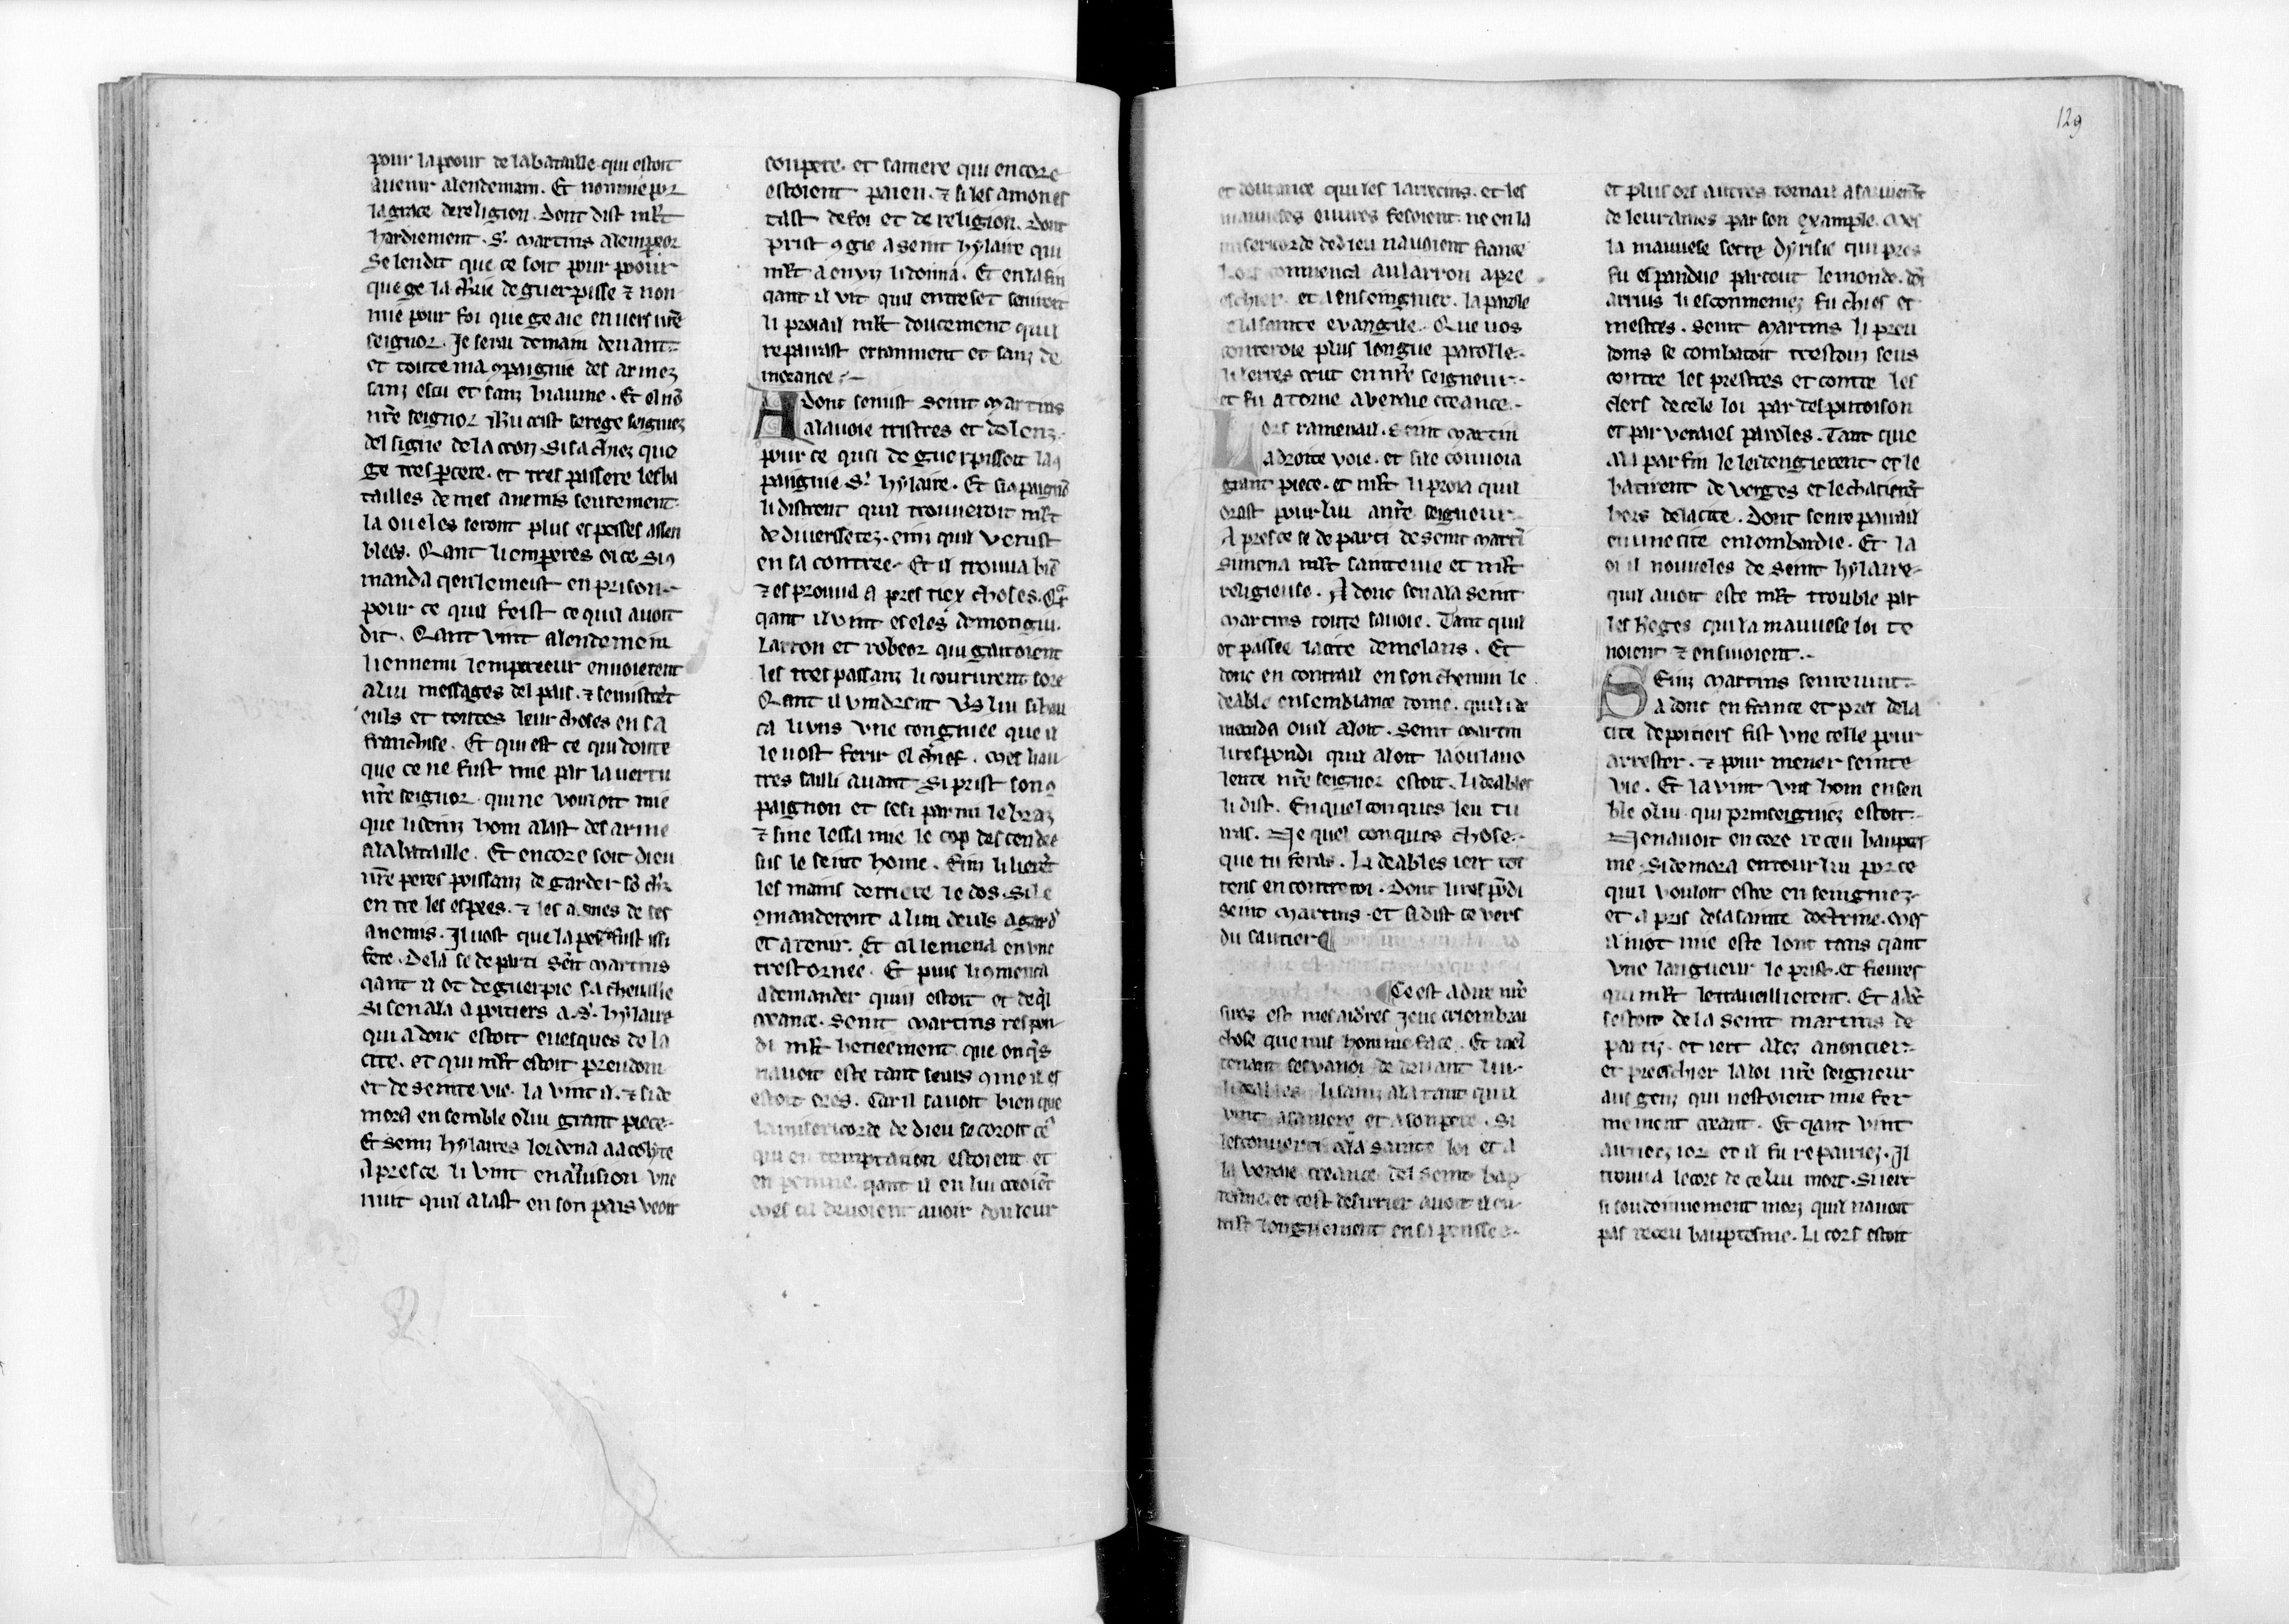
Shelfmark: Paris, BnF, fr. 17229
Century: 13